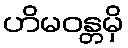
ဟိမဝန္တမှိ